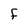
Character: f